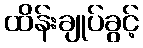
ထိန်းချုပ်ခွင့်